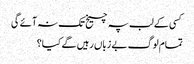
کسی کے لب پہ چیخ تک نہ آئے گی
تمام لوگ بے زباں رہیں گے کیا؟